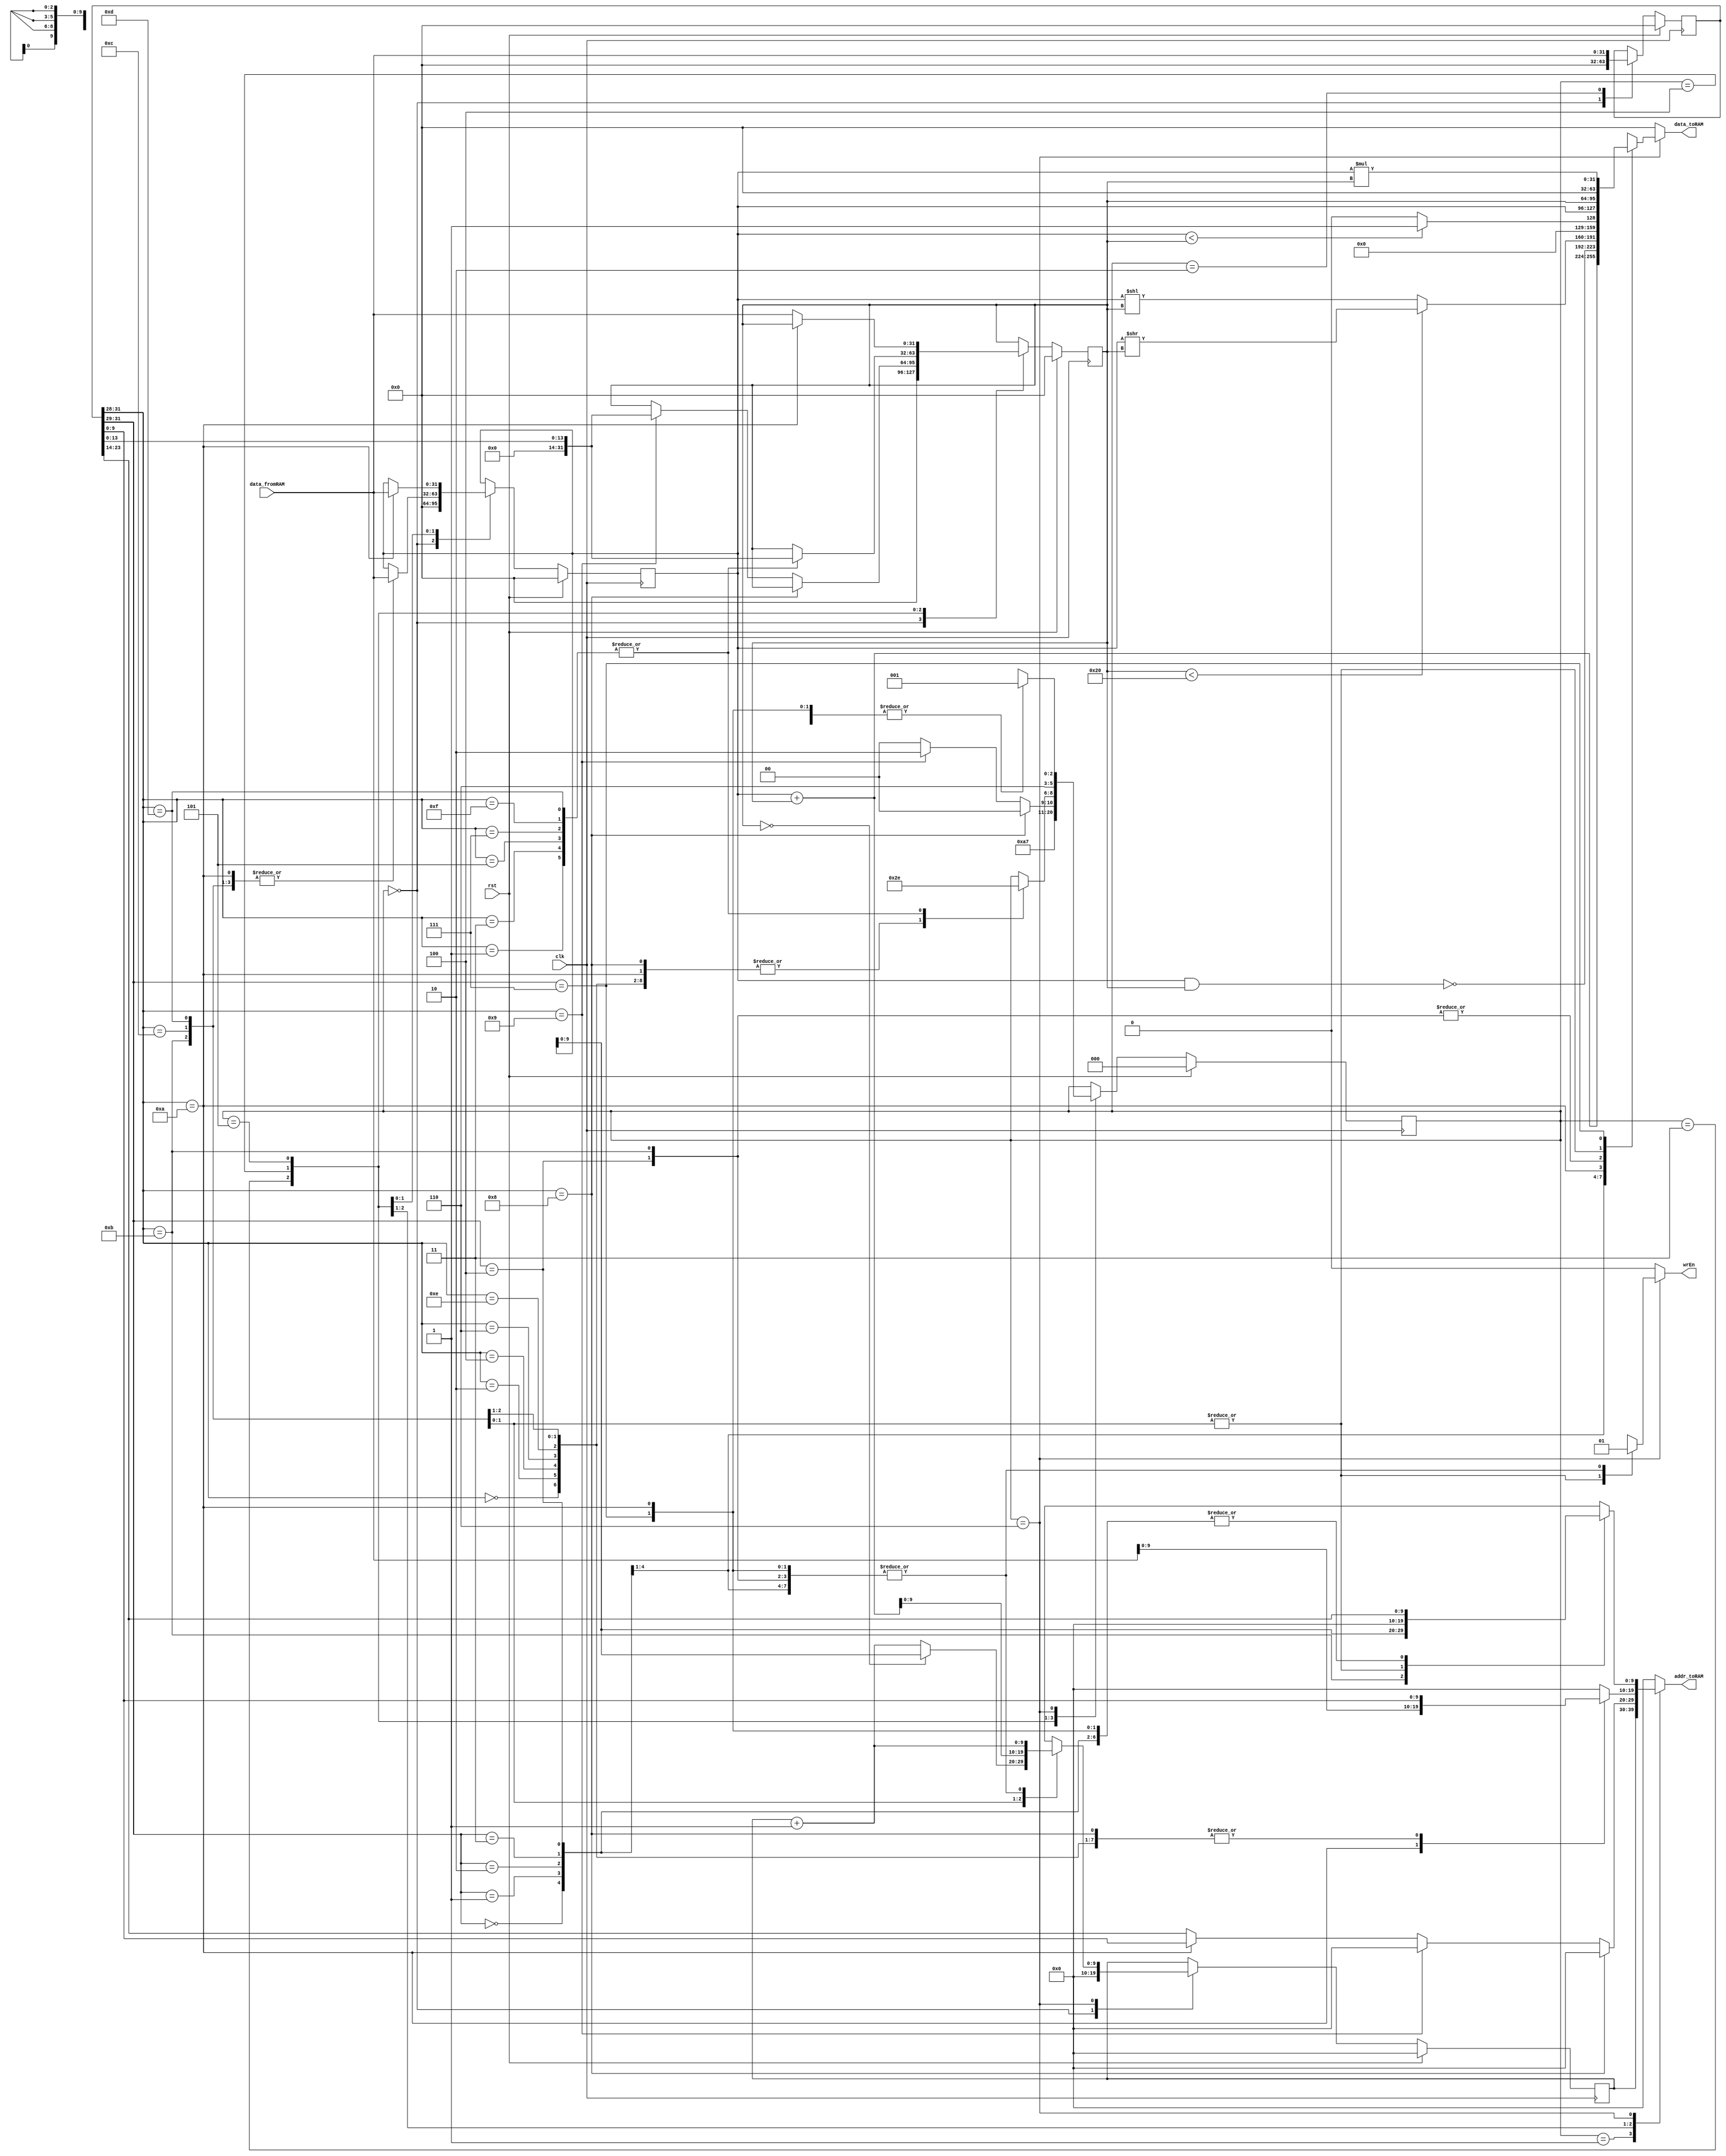

// Code your design here
module SimpleCPU(clk, rst, data_fromRAM, wrEn, addr_toRAM, data_toRAM);

parameter SIZE = 10;

input clk, rst;
input wire [31:0] data_fromRAM;
output reg wrEn;
output reg [SIZE-1:0] addr_toRAM;
output reg [31:0] data_toRAM;

`define reset 0
`define fetch_0 1
`define fetch_1 2
`define decode_0 3
`define decode_1 4
`define decode_2 5
`define execute 6

reg [2:0] state_current, state_next;
reg [SIZE-1:0] pc_current, pc_next; // pc: program counter register
reg [31:0] iw_current, iw_next; // iw: instruction word register
reg [31:0] r1_current, r1_next; // general-purpose register 1
reg [31:0] r2_current, r2_next; // general-purpose register 2

always@(posedge clk) begin
	if(rst) begin
		state_current 	<= `reset;
		pc_current		<= 10'b0;
		iw_current 		<= 32'b0;
		r1_current 		<= 32'b0;
		r2_current 		<= 32'b0;
	end
	else begin
		state_current 	<= state_next;
		pc_current 		<= pc_next;
		iw_current 		<= iw_next;
		r1_current 		<= r1_next;
		r2_current 		<= r2_next;
	end
end

always@(*) begin
	state_next 	= state_current; // default assignment
	pc_next 	= pc_current; // default assignment
	iw_next 	= iw_current; // default assignment
	r1_next 	= r1_current; // default assignment
	r2_next 	= r2_current; // default assignment
	wrEn 		= 0; // default assignment
	addr_toRAM 	= 0; // default assignment
	data_toRAM 	= 0; // default assignment
	case(state_current)
		`reset: begin
			pc_next 	= 0;
			iw_next 	= 0;
			r1_next 	= 0;
			r2_next 	= 0;
			state_next	= `fetch_0;
		end
		`fetch_0: begin
			addr_toRAM 	= pc_current;
			state_next	= `fetch_1;
		end
		`fetch_1: begin
			iw_next 	= data_fromRAM;			
			state_next 	= `decode_0;
		end
		`decode_0: begin
			if(iw_current[31:28]=={3'b100, 1'b0}) begin //CP         
				state_next = `decode_1;
				end
			else if(iw_current[31:28]=={3'b100, 1'b1})begin//CPi 
        		r2_next=iw_current[13:0];
				state_next = `execute;
				end  
			else if(iw_current[31:28]=={3'b101, 1'b0})begin//CPI		  
                addr_toRAM = iw_current[13:0];
                state_next = `decode_1;
              	end
			else  begin //ADD//ADDi//NAND//NANDi//SRL//SRLi//LT//LTi//CPIi//BZJ//BZJi
				addr_toRAM = iw_current[27:14];
                state_next = `decode_1;
                end	
		end
		`decode_1: begin
			case(iw_current[31:28])          
              {3'b000, 1'b0}: begin//ADD
                r1_next= data_fromRAM;
                addr_toRAM= iw_current[13:0];
                state_next= `decode_2;
              end
              {3'b000, 1'b1}: begin//ADDi
                r1_next= data_fromRAM;
                r2_next= iw_current[13:0];
                state_next = `execute;
              end    
              {3'b001, 1'b0}: begin//NAND
                r1_next= data_fromRAM;
                addr_toRAM= iw_current[13:0];
                state_next = `decode_2;
              end
              {3'b001, 1'b1}: begin//NANDi    
                r1_next= data_fromRAM;
                r2_next= iw_current[13:0];
                state_next = `execute;
              end  
              {3'b010, 1'b0}: begin//SRL
                r1_next= data_fromRAM;
                addr_toRAM= iw_current[13:0];
                state_next = `decode_2;
              end
              {3'b010, 1'b1}: begin//SRLi
                r1_next= data_fromRAM;
                r2_next= iw_current[13:0];
                state_next = `execute;
              end  
              {3'b011, 1'b0}: begin//LT
                r1_next= data_fromRAM;
                addr_toRAM= iw_current[13:0];
                state_next = `decode_2;
              end
              {3'b011, 1'b1}: begin//LTi
                r1_next= data_fromRAM;
                r2_next= iw_current[13:0];
                state_next = `execute;
              end
              {3'b100, 1'b0}: begin// CP
				addr_toRAM= iw_current[13:0];
				state_next 	= `decode_2;
			  end 
              {3'b101, 1'b0}: begin//CPL
                r1_next= data_fromRAM;
                addr_toRAM=data_fromRAM;
                state_next = `decode_2;
              end
              {3'b101, 1'b1}: begin//CPLi
                r1_next= data_fromRAM;
                addr_toRAM= iw_current[13:0];
                state_next = `decode_2;
              end
              {3'b110, 1'b0}: begin//BZJ
                r1_next= data_fromRAM;
                addr_toRAM= iw_current[13:0];
                state_next = `decode_2;
              end
              {3'b110, 1'b1}: begin//BZJi
                r1_next= data_fromRAM;
                r2_next= iw_current[13:0];
                state_next = `execute;
              end
              {3'b111, 1'b0}: begin//MUL
                r1_next= data_fromRAM; 
                addr_toRAM= iw_current[13:0];
                state_next = `decode_2;
              end
              {3'b111, 1'b1}: begin//MULi
                r1_next= data_fromRAM;
                r2_next= iw_current[13:0];
                state_next = `execute;
              end
			endcase
		end
		`decode_2: begin
          if(iw_current[31:28]=={3'b101, 1'b0}) begin//CPI    
                r1_next= data_fromRAM;
                state_next = `execute;
              end
          else begin//ADD//NAND//SRL//LT//CP//CPIi//BZJ//MUL
           		r2_next= data_fromRAM;
                state_next = `execute;
          	  end  
		end
		`execute: begin
			casex(iw_current[31:28])
              {3'b000, 1'bx}: begin//ADD//ADDi
                wrEn= 1'b1;
                pc_next= pc_current+1;
                addr_toRAM= iw_current[27:14];
                data_toRAM= (r1_current+r2_current);
                state_next = `fetch_0;
              end
              {3'b001, 1'bx}: begin//NAND//NANDi
                wrEn = 1'b1;
                pc_next= pc_current+1;
                addr_toRAM= iw_current[27:14];
                data_toRAM= ~(r1_current & r2_current);
                state_next = `fetch_0;
              end
              {3'b010, 1'bx}: begin//SRL//SRLi
                wrEn= 1'b1;
                pc_next= pc_current+1;
                addr_toRAM= iw_current[27:14];
                data_toRAM= (r2_current < 32)? (r1_current >> r2_current) : (r1_current << (r2_current));
                state_next = `fetch_0;
              end  
              {3'b011, 1'bx}: begin//LT//LTi
                wrEn= 1'b1;
                pc_next= pc_current+1;
                addr_toRAM= iw_current[27:14];
                //data_toRAM= (r1_current < r2_current)? 1 : 0 // Doesnt work
                if (r1_current<r2_current)
                	data_toRAM=1;
                else
                	data_toRAM=0;
                state_next = `fetch_0;
              end
              {3'b100,1'bx}: begin//CP//CPi
				wrEn= 1'b1;
				pc_next= pc_current+1;
				addr_toRAM= iw_current[27:14];
				data_toRAM= r2_current;
				state_next 	= `fetch_0;
			  end
              {3'b101,1'b0}: begin//CPI
				wrEn= 1'b1;
				pc_next= pc_current+1;
				addr_toRAM= iw_current[27:14];
				data_toRAM= r1_current;
				state_next 	= `fetch_0;
			  end
              {3'b101,1'b1}: begin//CPIi
				wrEn= 1'b1;
				pc_next= pc_current+1;
				addr_toRAM= r1_current;
				data_toRAM= r2_current;
				state_next 	= `fetch_0;
			  end  
              {3'b110, 1'b0}: begin//BZC
                pc_next= (r2_current == 0)? r1_current : (pc_current+1);
                state_next = `fetch_0;
              end  
              {3'b110, 1'b1}: begin//BZCi
                pc_next= (r1_current + r2_current);
                state_next = `fetch_0;
              end
              {3'b111, 1'bx}: begin//MUL//MULi
                wrEn= 1'b1;
                pc_next= pc_current+1;
                addr_toRAM= iw_current[27:14];
                data_toRAM= (r1_current*r2_current);
                state_next = `fetch_0;
              end
			endcase
		end
	endcase
end

endmodule

module blram(clk, rst, i_we, i_addr, i_ram_data_in, o_ram_data_out);

parameter SIZE = 10, DEPTH = 1024;

input clk;
input rst;
input i_we;
input [SIZE-1:0] i_addr;
input [31:0] i_ram_data_in;
output reg [31:0] o_ram_data_out;

reg [31:0] memory[0:DEPTH-1];

always @(posedge clk) begin
  o_ram_data_out <= #1 memory[i_addr[SIZE-1:0]];
  if (i_we)
		memory[i_addr[SIZE-1:0]] <= #1 i_ram_data_in;
end 

initial begin
	memory[0] = 32'h20114045;
memory[1] = 32'h10114001;
memory[2] = 32'hb0118064;
memory[3] = 32'h190045;
memory[4] = 32'h8011c064;
memory[5] = 32'h7011c001;
memory[6] = 32'h10118001;
memory[7] = 32'hc0120047;
memory[8] = 32'h118045;
memory[9] = 32'ha0128046;
memory[10] = 32'h8012c046;
memory[11] = 32'h12c045;
memory[12] = 32'ha013004b;
memory[13] = 32'he013004a;
memory[14] = 32'h8012804c;
memory[15] = 32'h8013404b;
memory[16] = 32'h701343e9;
memory[17] = 32'hc012404d;
memory[18] = 32'h8019404c;
memory[19] = 32'hd0050013;
memory[20] = 32'h0;
memory[69] = 32'h1;
memory[70] = 32'h3e8;
memory[72] = 32'h2;
memory[73] = 32'hb;
memory[100] = 32'h6;
memory[101] = 32'h0;
memory[999] = 32'h1;

end 

endmodule